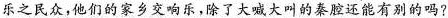
乐之民众，他们的家乡交响乐,除了大喊大叫的秦腔还能有别的吗?